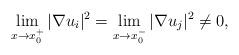
LaTeX: \begin{align*}\lim_{x\to x_0^+} |\nabla u_i|^2=\lim_{x\to x_0^-} |\nabla u_j|^2\neq 0,\end{align*}